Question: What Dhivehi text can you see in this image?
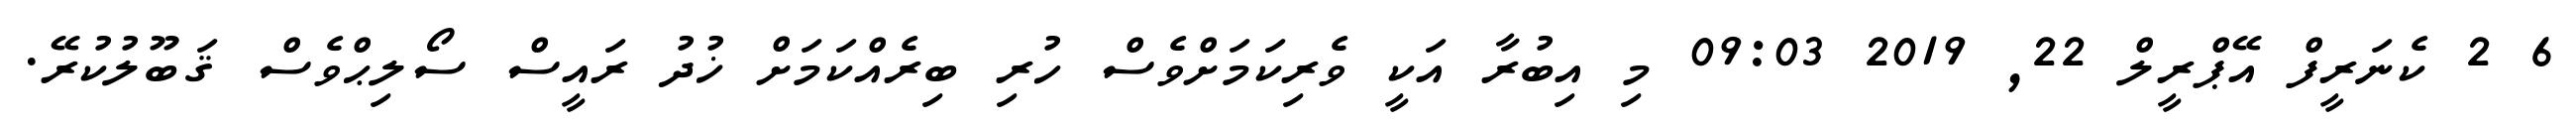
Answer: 6 2 ކެނަރީފް އޭޕްރީލް 22, 2019 09:03 މި އިބުރާ އަކީ ވެރިކަމަށްވެސް ހުރި ބިރެއްކަމަށް ޚުދު ރައީސް ސޯލިޙްވެސް ޤަބޫލުކުރޭ.